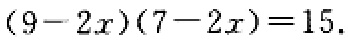
\((9 - 2x)(7 - 2x)=15\)